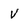
Character: V